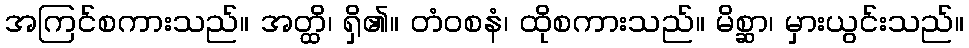
အကြင်စကားသည်။ အတ္ထိ၊ ရှိ၏။ တံဝစနံ၊ ထိုစကားသည်။ မိစ္ဆာ၊ မှားယွင်းသည်။